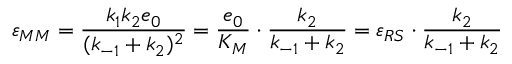
\varepsilon _ { M M } = \frac { k _ { 1 } k _ { 2 } e _ { 0 } } { ( k _ { - 1 } + k _ { 2 } ) ^ { 2 } } = \frac { e _ { 0 } } { K _ { M } } \cdot \frac { k _ { 2 } } { k _ { - 1 } + k _ { 2 } } = \varepsilon _ { R S } \cdot \frac { k _ { 2 } } { k _ { - 1 } + k _ { 2 } }